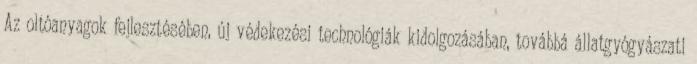
Az oltóanyagok fejlesztésében, új védekezési technológiák kidolgozásában, továbbá állatgyógyászati